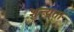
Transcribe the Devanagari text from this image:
शुन्यता